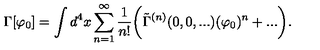
\Gamma [ \varphi _ { 0 } ] = \int d ^ { 4 } x \sum _ { n = 1 } ^ { \infty } \frac { 1 } { n ! } \biggr ( \tilde { \Gamma } ^ { ( n ) } ( 0 , 0 , . . . ) ( \varphi _ { 0 } ) ^ { n } + . . . \biggr ) .